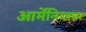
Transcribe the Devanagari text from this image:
आर्मेनियावर